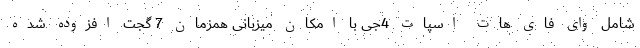
شامل وای فای هات اسپات 4جی با امکان میزبانی همزمان 7 گجت افزوده شده